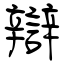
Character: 辯